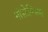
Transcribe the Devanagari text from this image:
नॉस्टेल्जिया